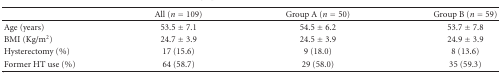
<table><thead><tr><td></td><td><b>All (<i>n</i> = 109)</b></td><td><b>Group A (<i>n</i> = 50)</b></td><td><b>Group B (<i>n</i> = 59)</b></td></tr></thead><tbody><tr><td>Age (years)</td><td>53.5 ± 7.1</td><td>54.5 ± 6.2</td><td>53.7 ± 7.8</td></tr><tr><td>BMI (Kg/m<sup>2</sup>)</td><td>24.7 ± 3.9</td><td>24.5 ± 3.9</td><td>24.9 ± 3.9</td></tr><tr><td>Hysterectomy (%)</td><td>17 (15.6)</td><td>9 (18.0)</td><td>8 (13.6)</td></tr><tr><td>Former HT use (%)</td><td>64 (58.7)</td><td>29 (58.0)</td><td>35 (59.3)</td></tr></tbody></table>